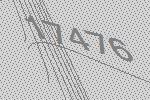
17476